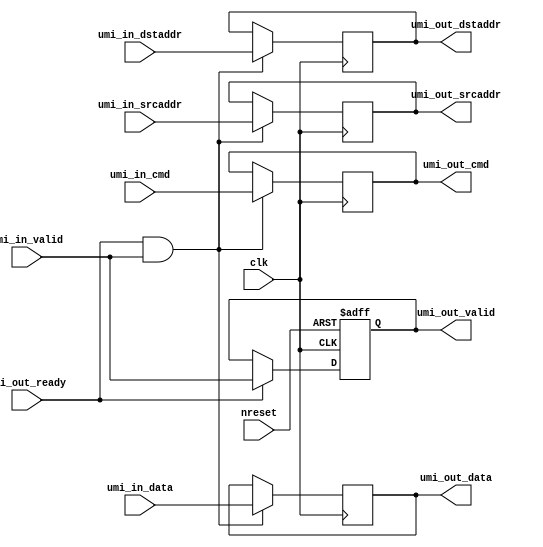
module umi_pipeline
  #(parameter CW  = 32,
    parameter AW  = 64,
    parameter DW  = 256
    )
   (// clock, reset
    input               clk,
    input               nreset,
    // Incoming UMI request
    input               umi_in_valid,
    input [CW-1:0]      umi_in_cmd,
    input [AW-1:0]      umi_in_dstaddr,
    input [AW-1:0]      umi_in_srcaddr,
    input [DW-1:0]      umi_in_data,
    // Outgoing UMI response
    output reg          umi_out_valid,
    output reg [CW-1:0] umi_out_cmd,
    output reg [AW-1:0] umi_out_dstaddr,
    output reg [AW-1:0] umi_out_srcaddr,
    output reg [DW-1:0] umi_out_data,
    input               umi_out_ready
    );

   // valid
   always @ (posedge clk or negedge nreset)
     if(!nreset)
       umi_out_valid <= 'b0;
     else if (umi_out_ready)
       umi_out_valid <= umi_in_valid;

   // packet
   always @ (posedge clk)
     if (umi_out_ready & umi_in_valid)
       begin
          umi_out_cmd[CW-1:0]     <= umi_in_cmd[CW-1:0];
          umi_out_dstaddr[AW-1:0] <= umi_in_dstaddr[AW-1:0];
          umi_out_srcaddr[AW-1:0] <= umi_in_srcaddr[AW-1:0];
          umi_out_data[DW-1:0]    <= umi_in_data[DW-1:0];
       end

endmodule